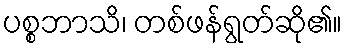
ပစ္စဘာသိ၊ တစ်ဖန်ရွတ်ဆို၏။